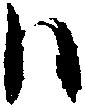
ハ